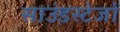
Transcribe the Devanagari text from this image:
साउंडस्टेजों